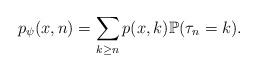
LaTeX: \begin{align*}p_\psi(x, n)=\sum _{k\geq n} p(x, k)\mathbb{P} (\tau _n=k).\end{align*}